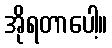
အိုရတာပေါ့။